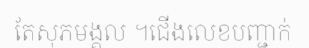
តែសុភមង្គល ។ជើងលេខបញ្ជាក់